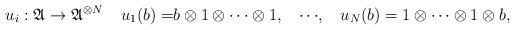
LaTeX: \begin{align*}u_i:\mathfrak{A }&\to \mathfrak{A}^{\otimes N} & u_1(b)=&b\otimes 1 \otimes \cdots\otimes 1,&\cdots& ,&u_N(b)&=1\otimes \cdots \otimes 1\otimes b ,\end{align*}